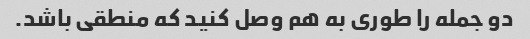
دو جمله را طوری به هم وصل کنید که منطقی باشد.